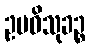
ဥပဓိသုခဉ္စ